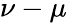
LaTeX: \nu-\mu